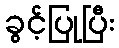
ခွင့်ပြုပြီး